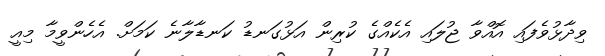
ވިދާޅުވެފައި އޮއްވާ ޖުލައި އެކެއްގެ ކުރިން އަޅުގަނޑު ކަނޑާލާނެ ކަމަށް. އެހެންވީމާ މިއީ